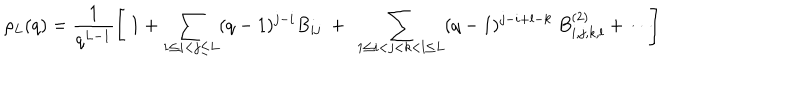
LaTeX: \rho _ { L } ( q ) = \frac { 1 } { q ^ { L - 1 } } \left[ \ 1 + \sum _ { 1 \leq i < j \leq L } ( q - 1 ) ^ { j - i } B _ { i j } \ + \ \sum _ { 1 \leq i < j < k < l \leq L } ( q - 1 ) ^ { j - i + l - k } \ B _ { i , j , k , l } ^ { ( 2 ) } + \cdots \right] \,